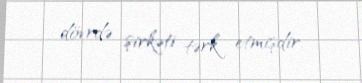
dövrdə şirkəti tərk etmişdir.